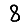
Digit: 8